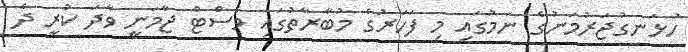
ހުޅަނގުޖަރުމަނުގެ ނަމުގައި މި ފަހަރުގެ މުބާރާތުގައި ވެސްޓް ޖާމަނީ ވާދަ ކުރީ ދެ